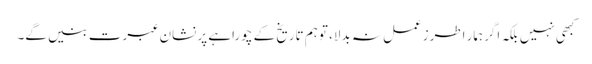
کبھی نہیں بلکہ اگرہمار اطرزعمل نہ بدلا، توہم تاریخ کے چوراہے پر نشان عبرت بنیں گے۔